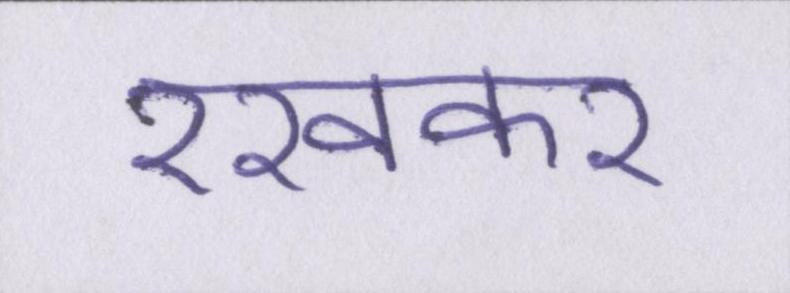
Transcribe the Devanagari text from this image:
रखकर